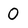
Character: 0